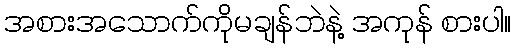
အစားအသောက်ကိုမချန်ဘဲနဲ့ အကုန် စားပါ။